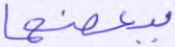
ببعضها